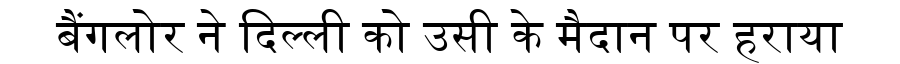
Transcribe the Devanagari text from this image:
बैंगलोर ने दिल्ली को उसी के मैदान पर हराया